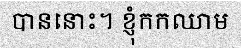
បាននោះ។ ខ្ញុំកកឈាម